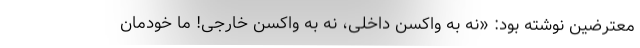
معترضین نوشته بود: «نه به واکسن داخلی، نه به واکسن خارجی! ما خودمان